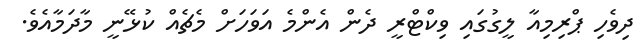
ދިވެހި ޕްރިމިއާ ލީގުގައި ވިކްޓްރީ ދެން އެންމެ އަވަހަށް މެޗެއް ކުޅޭނީ މާދަމާއެވެ.